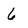
Character: 6